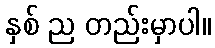
နှစ် ည တည်းမှာပါ။